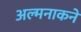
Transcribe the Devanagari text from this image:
अल्मनाकने